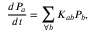
\frac { d P _ { a } } { d t } = \sum _ { \forall b } K _ { a b } P _ { b } ,